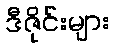
ဒီဇိုင်းများ